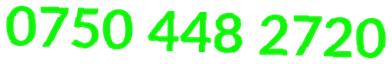
0750 448 2720